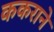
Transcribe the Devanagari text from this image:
ककराने